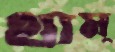
থাম্